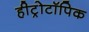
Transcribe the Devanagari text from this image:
हीट्रोटॉपिक